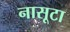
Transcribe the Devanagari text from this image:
नासूटा